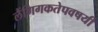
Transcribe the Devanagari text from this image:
लैंगिगकतेपवषयी